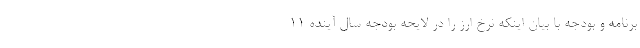
برنامه و بودجه با بیان اینکه نرخ ارز را در لایحه بودجه سال آینده ۱۱